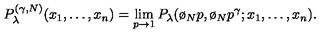
P _ { \lambda } ^ { ( \gamma , N ) } ( x _ { 1 } , \dots , x _ { n } ) = \lim _ { p \rightarrow 1 } P _ { \lambda } ( \o _ { N } p , \o _ { N } p ^ { \gamma } ; x _ { 1 } , \dots , x _ { n } ) .